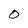
Character: O